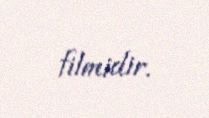
filmidir.